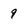
Character: 9